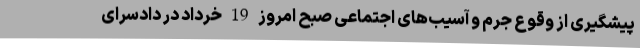
پیشگیری از وقوع جرم و آسیب‌های اجتماعی صبح امروز 19 خرداد در دادسرای